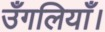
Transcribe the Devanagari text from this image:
उँगलियाँ।